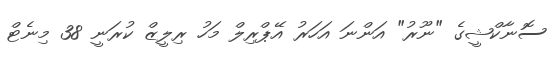
ސޮނާކްޝީގެ "ނޫރު" އަންނަ އަހަރު އޭޕްރިލް މަހު ރިލީޒް ކުރަނީ 38 މިނެޓް